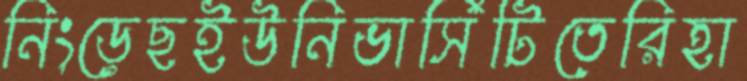
নিংড়েছইউনিভার্সিটিতেরিহা